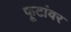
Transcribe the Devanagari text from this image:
फूटांवर